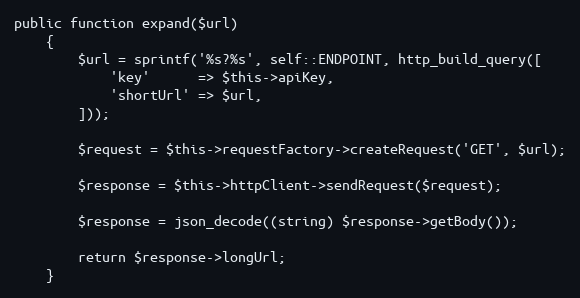
Language: PHP
public function expand($url)
    {
        $url = sprintf('%s?%s', self::ENDPOINT, http_build_query([
            'key'      => $this->apiKey,
            'shortUrl' => $url,
        ]));

        $request = $this->requestFactory->createRequest('GET', $url);

        $response = $this->httpClient->sendRequest($request);

        $response = json_decode((string) $response->getBody());

        return $response->longUrl;
    }